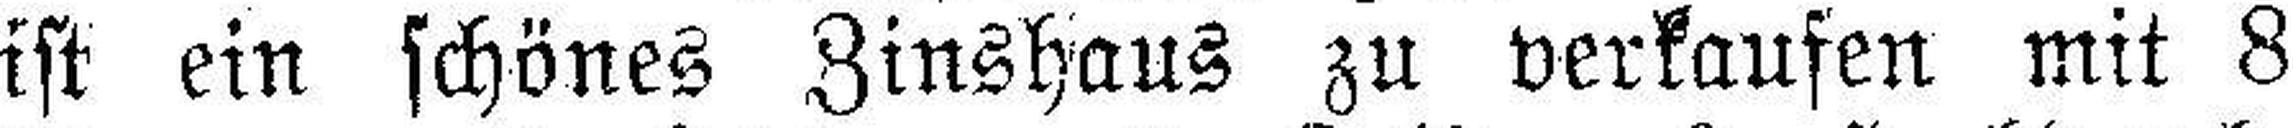
ist ein schönes Zinshaus zu verkaufen mit 8